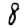
Digit: 8